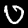
Label: 0